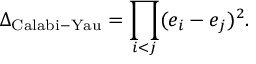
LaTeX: \Delta _ { \mathrm { C a l a b i - Y a u } } = \prod _ { i < j } ( e _ { i } - e _ { j } ) ^ { 2 } .